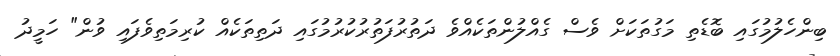
ބިންހެލުމުގައި ބޮޑެތި މަގުތަކަށް ވެސް ގެއްލުންތަކެއްވެ ދަތުރުފަތުރުކުރުމުގައި ދަތިތަކެއް ކުރިމަތިވެފައި ވުން" ހަމީދު